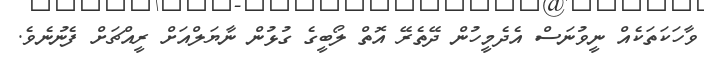
ވާހަކަތަކެއް ނީވުނަސް އެދެމީހުން ދޭތެރޭ އޮތް ލޯބީގެ ގުޅުން ނާޔަލްއަށް ރީއްޗަށް ފެނުނެވެ.